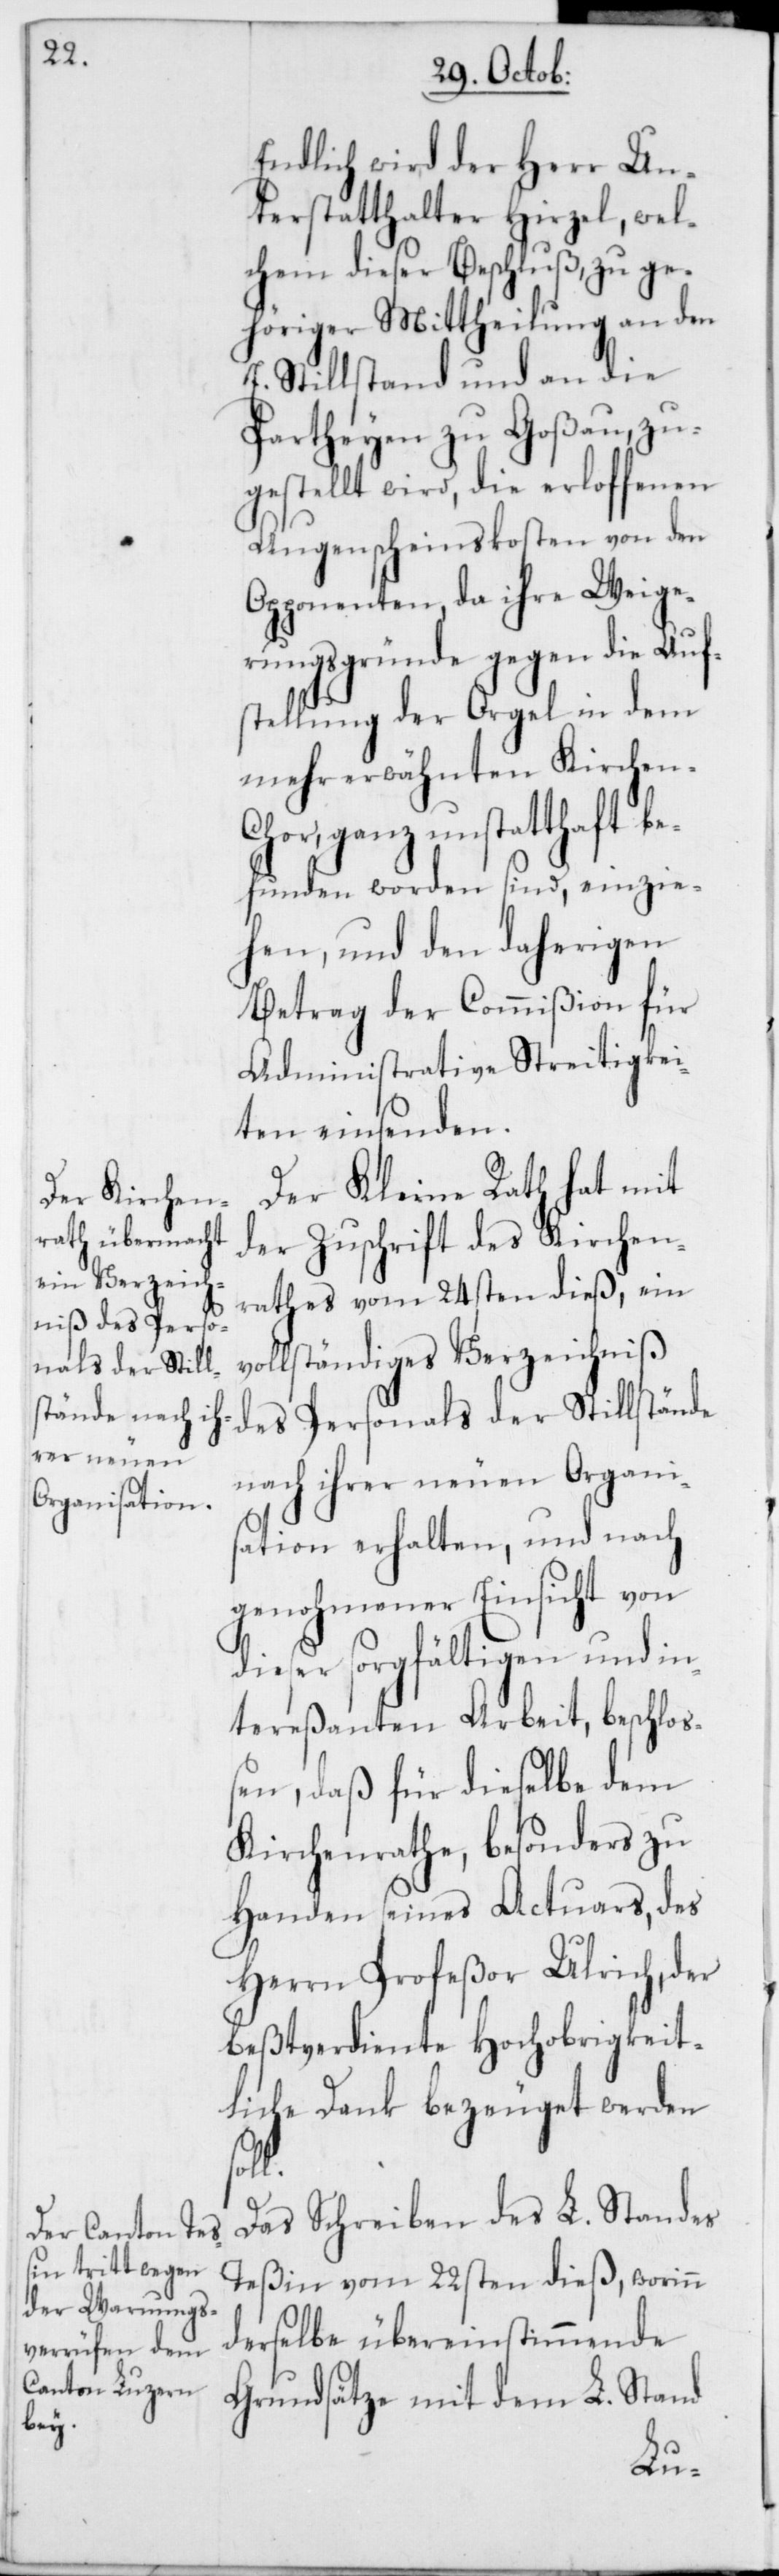
Endlich wird der Herr Un¬
terstatthalter Hirzel, wel¬
chem dieser Beschluß, zu ge¬
höriger Mittheilung an den
E. Stillstand und an die
Partheyen zu Goßau, zu¬
gestellt wird, die erloffenen
Augenscheinskosten von den
Opponenten, da ihre Weige¬
rungsgründe gegen die Auf¬
stellung der Orgel in dem
mehrerwähnten Kirchen¬
chor, ganz unstatthaft be¬
funden worden sind, einzie¬
hen, und den daherigen
Betrag der Commißion für
Administrative Streitigkei¬
ten einsenden.
Der Kleine Rath hat mit
der Zuschrift des Kirchen¬
rathes vom 24sten dieß, ein
ollständiges Verzeichniß
des Personals der Stillstände
nach ihrer neuen Organi¬
sation erhalten, und nach
genohmener Einsicht von
dieser sorgfältigen und in¬
tereßanten Arbeit, beschloß¬
en, daß für dieselbe dem
Kirchenrathe, besonders zu
Handen seines Actuars, des
Herrn Profeßor Ulrich, der
beßtverdiente Hochobrigkeit¬
liche Dank bezeuget werden
Das Schreiben des L. Standes
Teßin vom 28sten dieß, worinn
derselbe übereinstimmende
Grundsätze mit dem L. Stand
v¬